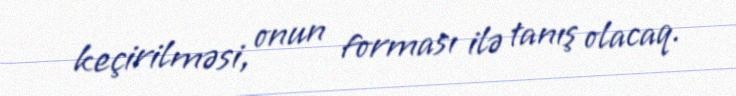
keçirilməsi, onun forması ilə tanış olacaq.